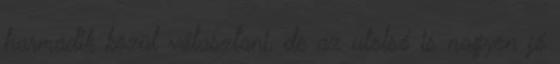
harmadik közül választani, de az utolsó is nagyon jó